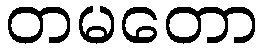
တမတော